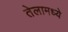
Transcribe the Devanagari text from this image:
तेलामध्ये